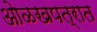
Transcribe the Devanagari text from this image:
ओळखपत्रात